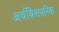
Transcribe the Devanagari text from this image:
अर्चबिशपरिक